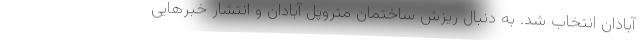
آبادان انتخاب شد. به دنبال ریزش ساختمان متروپل آبادان و انتشار خبرهایی